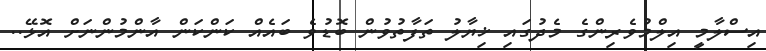
އިސްލާމީ އިލްމުވެރިންގެ މެދުގައި ޚިޔާލު ތަފާތުވުން ބޮޑުވެ ބައެއް ކަންކަން އާންމުންނަށް އޮޅޭ..